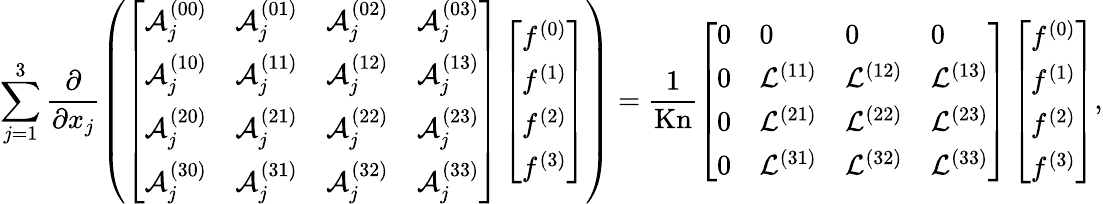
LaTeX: \sum_{j=1}^{3}\frac{\partial}{\partial x_{j}}\left(\left[\begin{array}{llll}{\mathcal{A}_{j}^{(00)}}&{\mathcal{A}_{j}^{(01)}}&{\mathcal{A}_{j}^{(02)}}&{\mathcal{A}_{j}^{(03)}}\\ {\mathcal{A}_{j}^{(10)}}&{\mathcal{A}_{j}^{(11)}}&{\mathcal{A}_{j}^{(12)}}&{\mathcal{A}_{j}^{(13)}}\\ {\mathcal{A}_{j}^{(20)}}&{\mathcal{A}_{j}^{(21)}}&{\mathcal{A}_{j}^{(22)}}&{\mathcal{A}_{j}^{(23)}}\\ {\mathcal{A}_{j}^{(30)}}&{\mathcal{A}_{j}^{(31)}}&{\mathcal{A}_{j}^{(32)}}&{\mathcal{A}_{j}^{(33)}}\end{array}\right]\left[\begin{array}{l}{f^{(0)}}\\ {f^{(1)}}\\ {f^{(2)}}\\ {f^{(3)}}\end{array}\right]\right)=\frac{1}{\mathrm{Kn}}\left[\begin{array}{llll}{0}&{0}&{0}&{0}\\ {0}&{\mathcal{L}^{(11)}}&{\mathcal{L}^{(12)}}&{\mathcal{L}^{(13)}}\\ {0}&{\mathcal{L}^{(21)}}&{\mathcal{L}^{(22)}}&{\mathcal{L}^{(23)}}\\ {0}&{\mathcal{L}^{(31)}}&{\mathcal{L}^{(32)}}&{\mathcal{L}^{(33)}}\end{array}\right]\left[\begin{array}{l}{f^{(0)}}\\ {f^{(1)}}\\ {f^{(2)}}\\ {f^{(3)}}\end{array}\right],